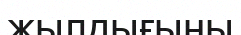
жылдығыны